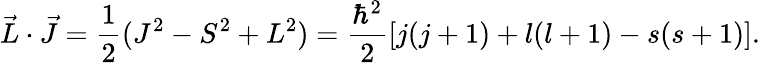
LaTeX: {\vec{L}}\cdot{\vec{J}}={\frac{1}{2}}(J^{2}-S^{2}+L^{2})={\frac{\hbar^{2}}{2}}[j(j+1)+l(l+1)-s(s+1)].